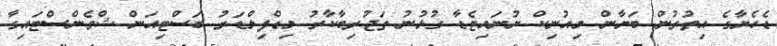
ޑެހެޔާގެ އިތުރުން ބަޔާން މިއުނިކް ޔުނައިޓެޑާ ގުޅުނު ތަޖުރިބާކާރު މިޑްފިލްޑަރު ބަސްޓިއަން ޝްވެންސްޓައިގާ